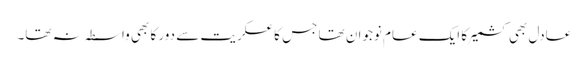
عادل بھی کشمیر کا ایک عام نوجوان تھا جس کا عسکریت سے دور کا بھی واسطہ نہ تھا۔